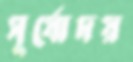
সূর্যোদয়